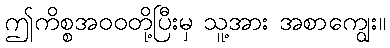
ဤကိစ္စအဝဝတို့ပြီးမှ သူ့အား အစာကျွေး။